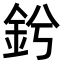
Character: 𨥟